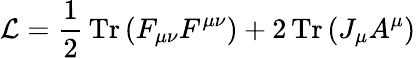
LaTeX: {\cal\mathcal{L}}={\frac{{1}}{{2}}}\, \mathrm{{Tr}}\, (F_{\mu\nu}F^{\mu\nu})+2\, \mathrm{{Tr}}\, (J_{\mu}A^{\mu})